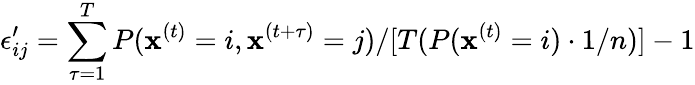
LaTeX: \epsilon_{ij}^{\prime}=\sum_{\tau=1}^{T}P(\mathbf{x}^{(t)}=i,\mathbf{x}^{(t+\tau)}=j)/[T(P(\mathbf{x}^{(t)}=i)\cdot1/n)]-1